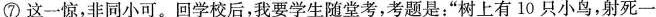
⑦这一惊，非同小可。回学校后，我要学生随堂考，考题是：”树上有10只小鸟，射死一